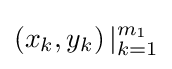
\left(x_{k},y_{k}\right)|_{k=1}^{m_{1}}